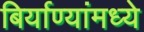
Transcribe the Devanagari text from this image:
बिर्याण्यांमध्ये